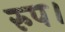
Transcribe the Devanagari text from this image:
रुप।